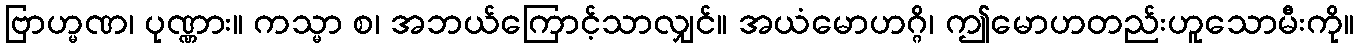
ဗြာဟ္မဏ၊ ပုဏ္ဏား။ ကသ္မာ စ၊ အဘယ်ကြောင့်သာလျှင်။ အယံမောဟဂ္ဂိ၊ ဤမောဟတည်းဟူသောမီးကို။